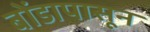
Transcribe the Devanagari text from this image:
बोंडापासून